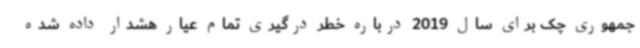
جمهوری چک برای سال 2019 درباره خطر درگیری تمام عیار هشدار داده شده